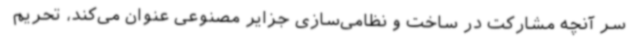
سر آنچه مشارکت در ساخت و نظامی‌سازی جزایر مصنوعی عنوان می‌کند، تحریم